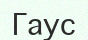
Гаус